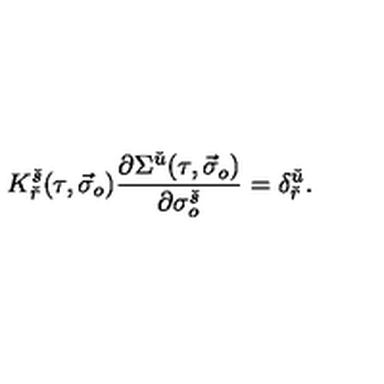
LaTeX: K _ { \check { r } } ^ { \check { s } } ( \tau , \vec { \sigma } _ { o } ) \frac { \partial \Sigma ^ { \check { u } } ( \tau , \vec { \sigma } _ { o } ) } { \partial \sigma _ { o } ^ { \check { s } } } = \delta _ { \check { r } } ^ { \check { u } } .